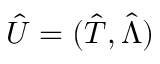
\hat { U } = ( \hat { T } , \hat { \Lambda } )